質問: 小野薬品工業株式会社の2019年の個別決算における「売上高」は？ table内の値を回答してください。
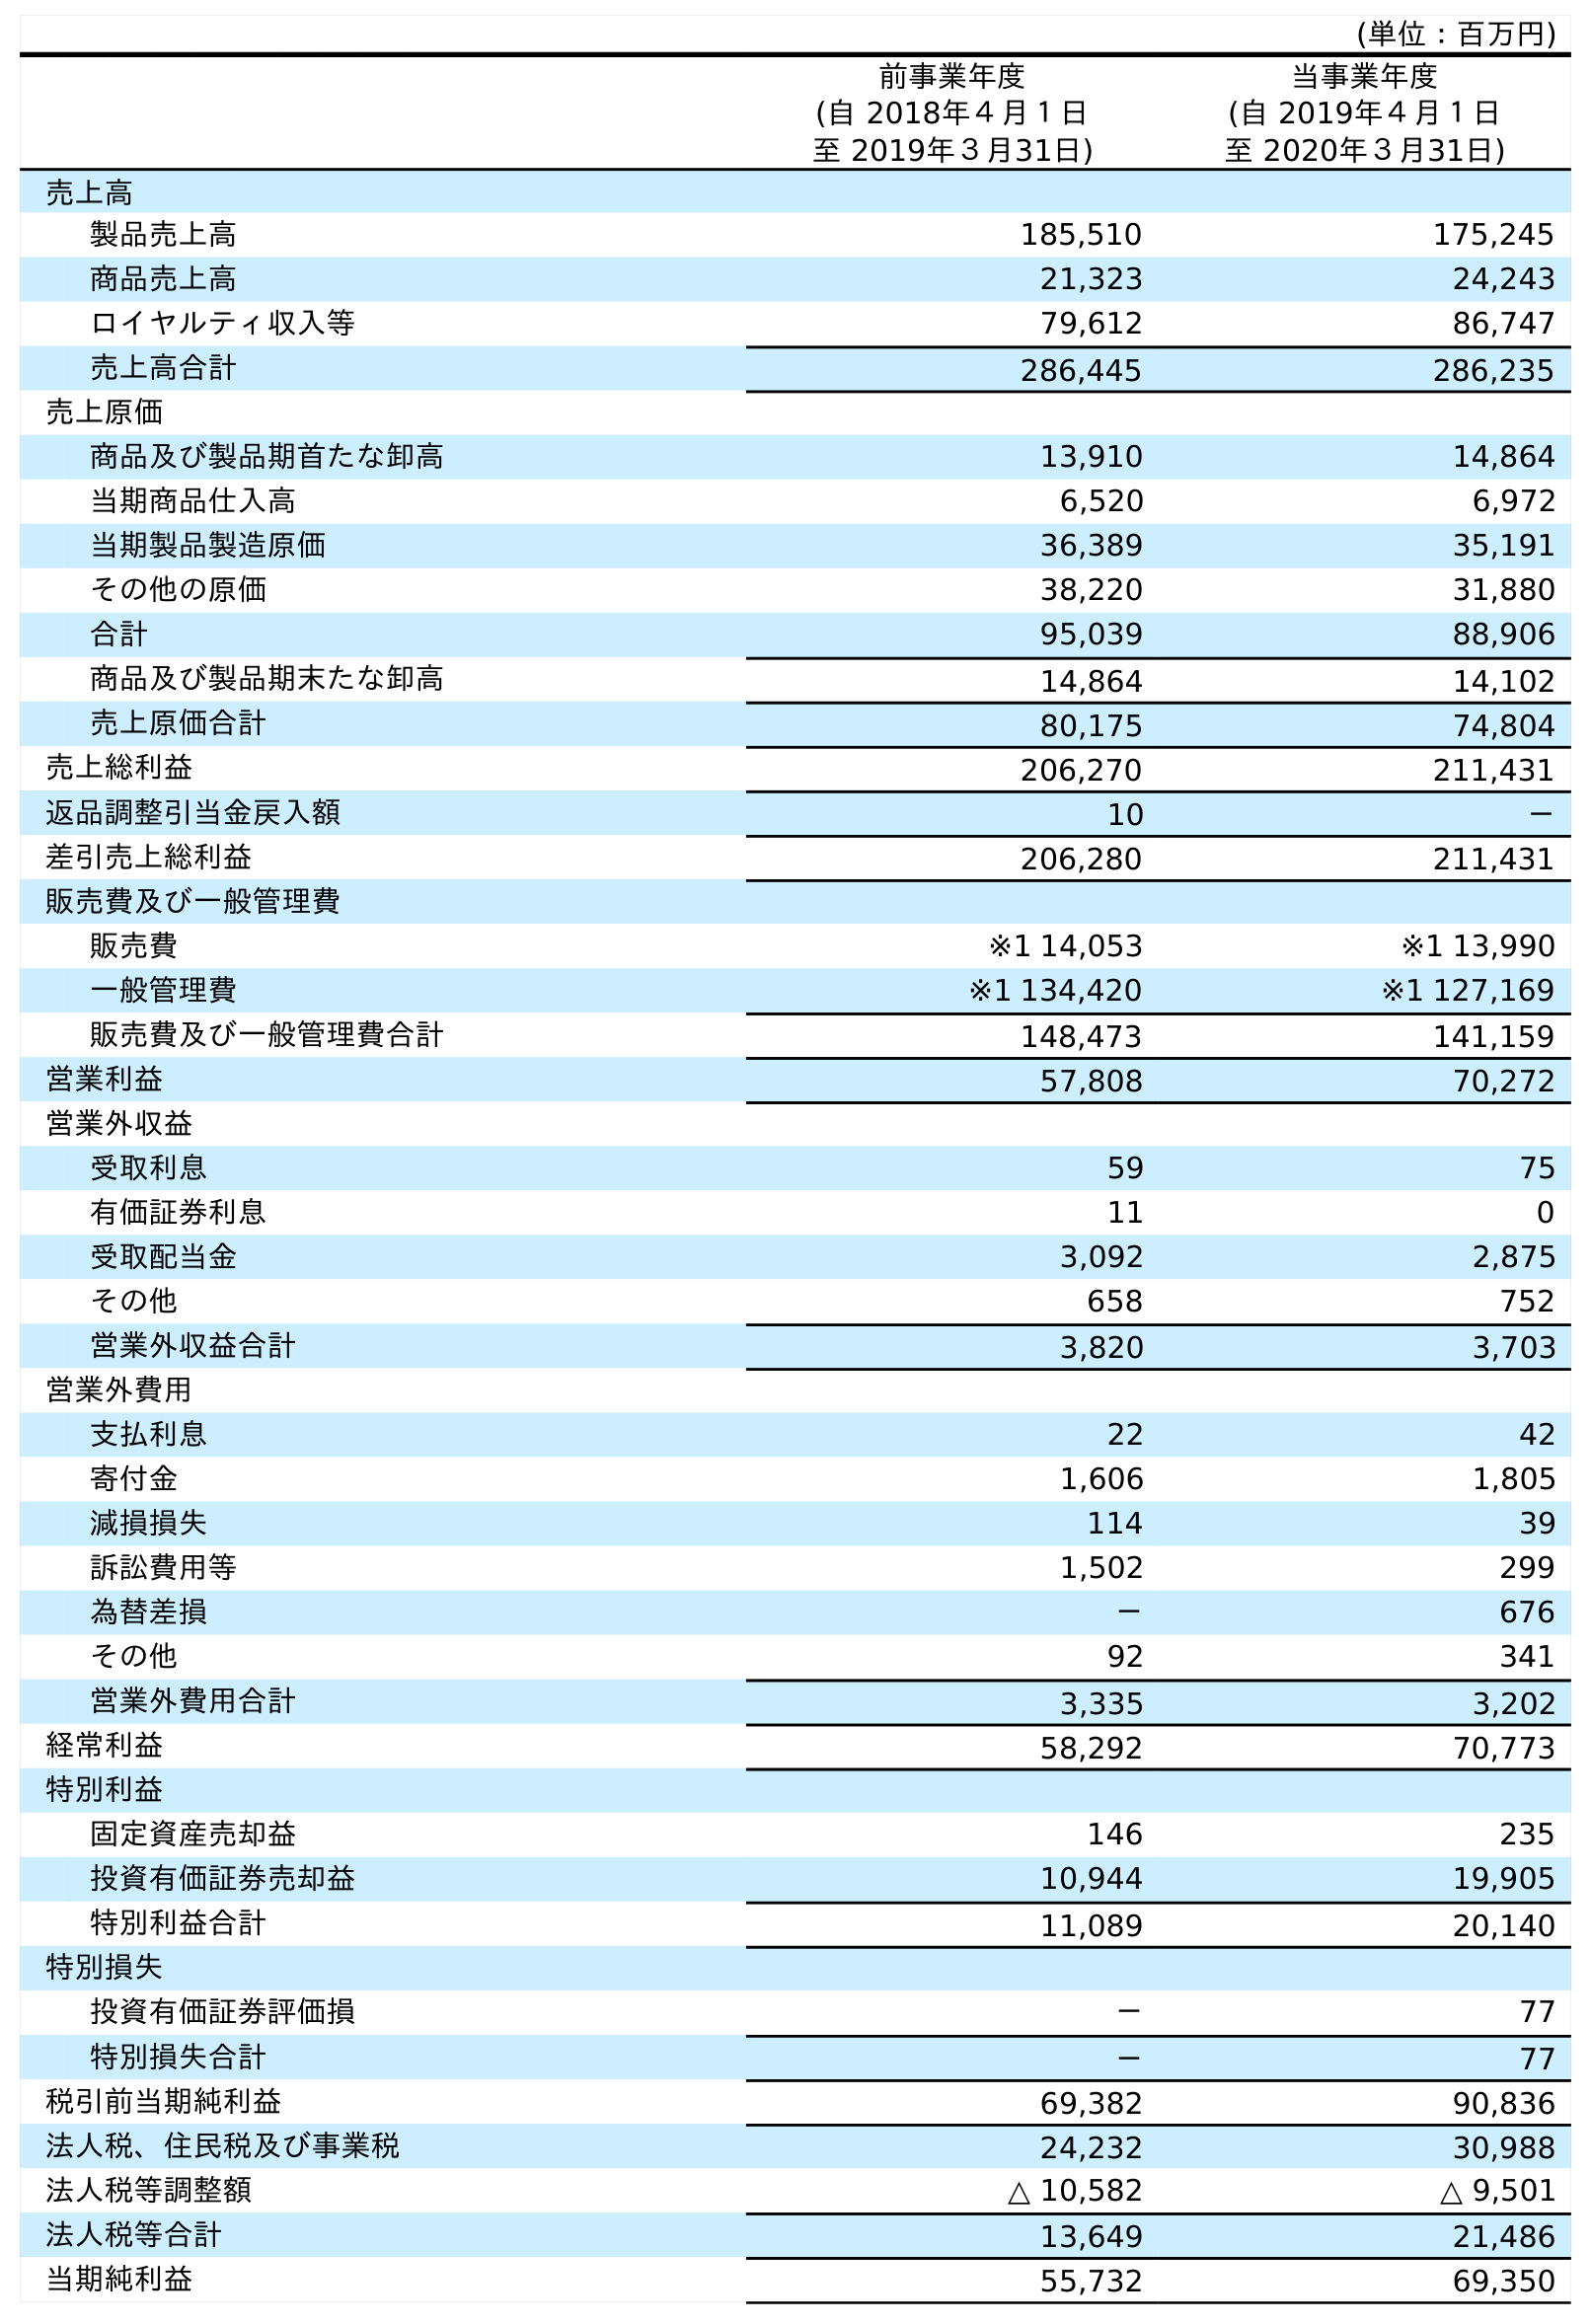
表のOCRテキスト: (単位：百万円) 前事業年度 (自 2018年４月１日 至 2019年３月31日) 当事業年度 (自 2019年４月１日 至 2020年３月31日) 売上高 製品売上高 185,510 175,245 商品売上高 21,323 24,243 ロイヤルティ収入等 79,612 86,747 売上高合計 286,445 286,235 売上原価 商品及び製品期首たな卸高 13,910 14,864 当期商品仕入高 6,520 6,972 当期製品製造原価 36,389 35,191 その他の原価 38,220 31,880 合計 95,039 88,906 商品及び製品期末たな卸高 14,864 14,102 売上原価合計 80,175 74,804 売上総利益 206,270 211,431 返品調整引当金戻入額 10 － 差引売上総利益 206,280 211,431 販売費及び一般管理費 販売費 ※1 14,053 ※1 13,990 一般管理費 ※1 134,420 ※1 127,169 販売費及び一般管理費合計 148,473 141,159 営業利益 57,808 70,272 営業外収益 受取利息 59 75 有価証券利息 11 0 受取配当金 3,092 2,875 その他 658 752 営業外収益合計 3,820 3,703 営業外費用 支払利息 22 42 寄付金 1,606 1,805 減損損失 114 39 訴訟費用等 1,502 299 為替差損 － 676 その他 92 341 営業外費用合計 3,335 3,202 経常利益 58,292 70,773 特別利益 固定資産売却益 146 235 投資有価証券売却益 10,944 19,905 特別利益合計 11,089 20,140 特別損失 投資有価証券評価損 － 77 特別損失合計 － 77 税引前当期純利益 69,382 90,836 法人税、住民税及び事業税 24,232 30,988 法人税等調整額 △ 10,582 △ 9,501 法人税等合計 13,649 21,486 当期純利益 55,732 69,350
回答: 286,445